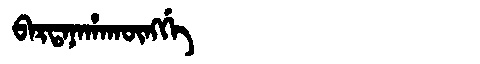
Manchu: ᠪᠠᡵᡨᠠᠨᠠᡥᠠᡴᡡᠩᡤᡝ
Romanization: BARTANAHAKŪNGGE